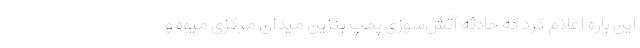
این باره اعلام کرد که حادثه آتش‌سوزی پمپ بنزین میدان مرکزی میوه و